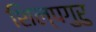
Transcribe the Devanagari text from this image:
शिल्पगुरु